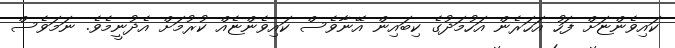
ކައިވެންޏަށް ފަހު އަހަރެން އަހުމަދުގެ ކިބައިން އޭނާވެސް ކައިވެންޏެއް ކުރުމަށް އެދުނީމެވެ. ނަމަވެސް